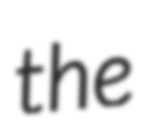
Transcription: the